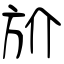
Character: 斺